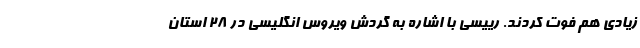
زیادی هم فوت کردند. رییسی با اشاره به گردش ویروس انگلیسی در ۲۸ استان